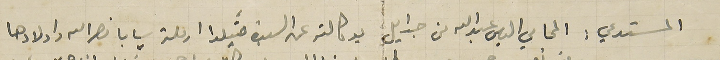
المستدعي: المحامي الياس عبدالله من جدايل بوكالته عن السيدة مَتيلدا ارملة سابا نصرالله واولادها